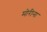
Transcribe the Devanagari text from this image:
मोरीना